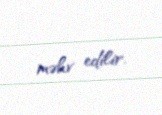
məhv edilir.